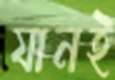
যানই